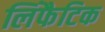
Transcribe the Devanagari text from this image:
लिंफैटिक